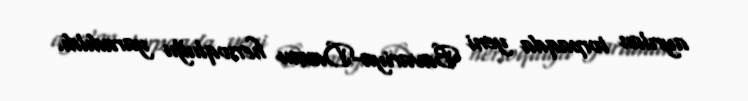
ayrılan torpaqda yeni Bavariya-Daxau hersoqluğu yaradıldı.